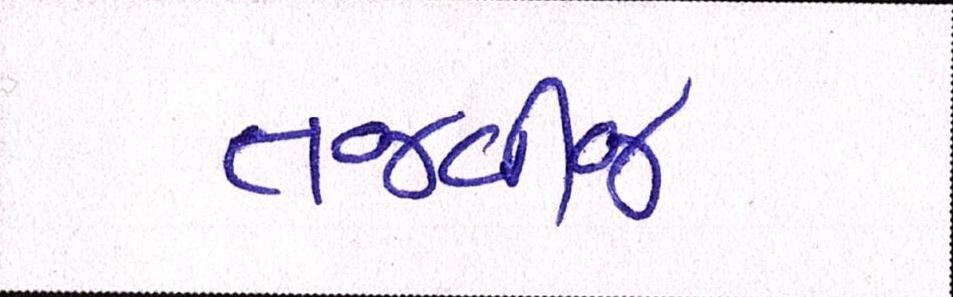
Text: તજવીજ